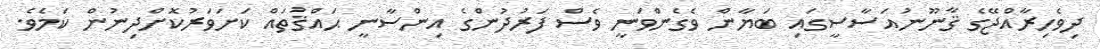
ދިވެހިރާއްޖޭގެ ޤާނޫނުއަސާސީގައި ބަޔާން ވެގެންވަނީ ވެސް ފަރުދުންގެ އިންސާނީ ޙައްޤުތައް ކަށަވަރުކޮށްދިނުން ކަމެވެ.